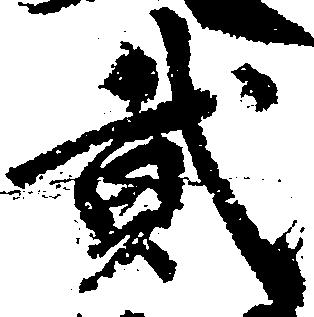
弐